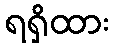
ရရှိထား